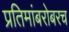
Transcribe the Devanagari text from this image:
प्रतिमांबरोबरच